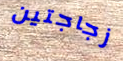
زجاجتين